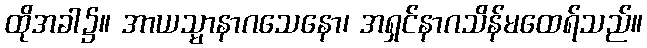
ထိုအခါ၌။ အာယသ္မာနာဂသေနော၊ အရှင်နာဂသိန်မထေရ်သည်။